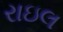
રાઇલ